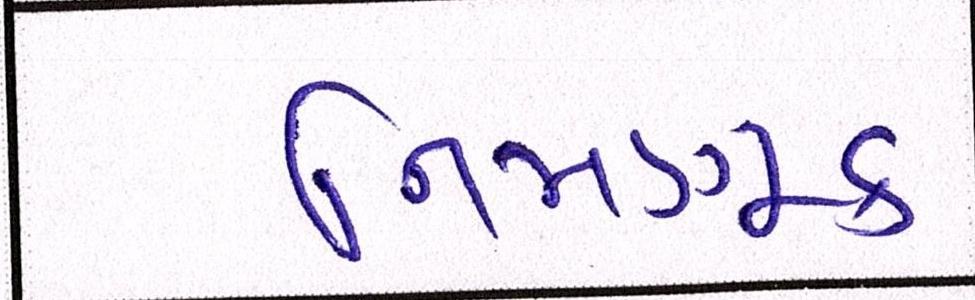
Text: નિમણૂક